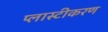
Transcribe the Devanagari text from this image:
प्लास्टीकरण